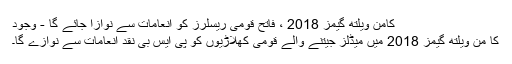
کامن ویلتھ گیمز 2018 ، فاتح قومی ریسلرز کو انعامات سے نوازا جائے گا - وجود
کا من ویلتھ گیمز 2018 میں میڈلز جیتنے والے قومی کھلاڑیوں کو پی ایس بی نقد انعامات سے نوازے گا۔